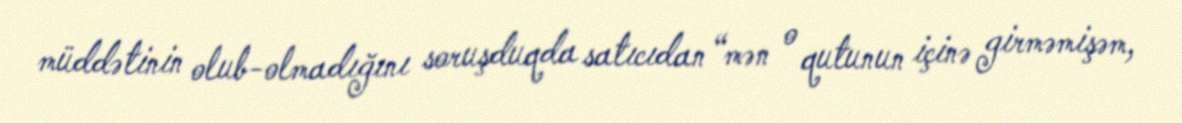
müddətinin olub-olmadığını soruşduqda satıcıdan “mən o qutunun içinə girməmişəm,